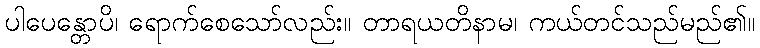
ပါပေန္တောပိ၊ ရောက်စေသော်လည်း။ တာရယတိနာမ၊ ကယ်တင်သည်မည်၏။